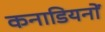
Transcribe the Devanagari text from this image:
कनाडियनों